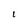
Character: 1